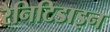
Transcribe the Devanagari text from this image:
रैनिटिडाइन